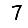
Digit: 7